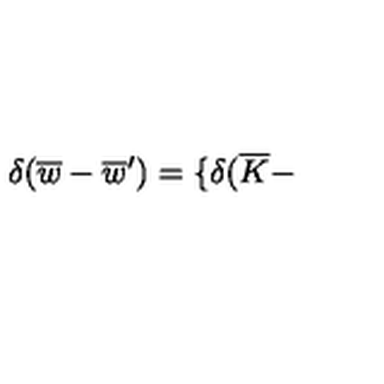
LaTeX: \delta ( \overline { { w } } - \overline { { w } } ^ { \prime } ) = \{ \delta ( \overline { { K } } -